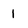
Character: I